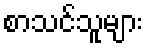
စာသင်သူများ